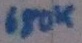
Text: 680K